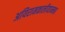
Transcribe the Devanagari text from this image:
अयिरामकालीयाम्मन